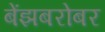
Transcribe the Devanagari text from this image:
बेंझबरोबर